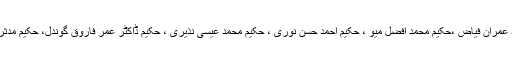
دیگر احباب میں پروفیسرحکیم محمد احمد سلیمی ،پروفیسر حکیم سید عمران فیاض ،حکیم محمد افضل میو ، حکیم احمد حسن نوری ، حکیم محمد عیسی نذیری ، حکیم ڈاکٹر عمر فاروق گوندل، حکیم مدثر سواتی، حکیم محمد ابو بکر اور حکیم وحید الحسن چشتی شامل تھے۔